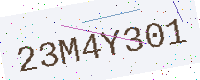
Text: 23M4Y301